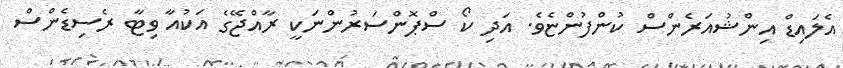
އެލައިޑް އިންޝުއަރެންސް ކުންފުންޏެވެ. އަދި ކޯ ސްޕޮންސަރުންނަކީ ރާއްޖޭގެ އަކުއާ ވިޓާ ރެސިޑެންސް